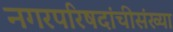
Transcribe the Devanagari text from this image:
नगरपरिषदांचीसंख्या